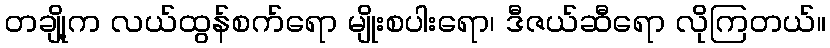
တချို့က လယ်ထွန်စက်ရော မျိုးစပါးရော၊ ဒီဇယ်ဆီရော လိုကြတယ်။